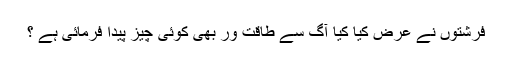
فرشتوں نے عرض کیا کیا آگ سے طاقت ور بھی کوئی چیز پیدا فرمائی ہے ؟